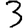
Digit: 3